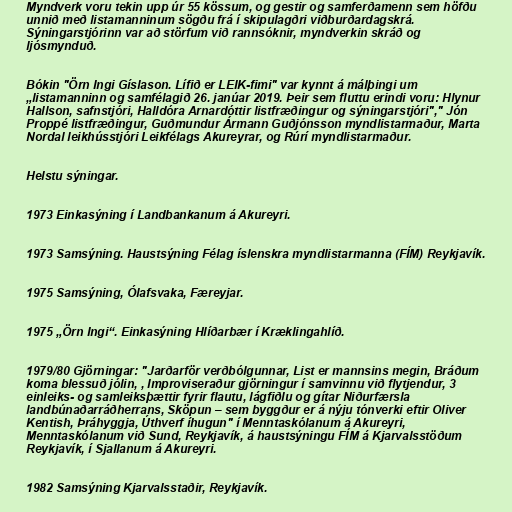
Myndverk voru tekin upp úr 55 kössum, og gestir og samferðamenn sem höfðu
unnið með listamanninum sögðu frá í skipulagðri viðburðardagskrá.
Sýningarstjórinn var að störfum við rannsóknir, myndverkin skráð og
ljósmynduð.

Bókin "Örn Ingi Gíslason. Lífið er LEIK-fimi" var kynnt á málþingi um
„listamanninn og samfélagið 26. janúar 2019. Þeir sem fluttu erindi voru: Hlynur
Hallson, safnstjóri, Halldóra Arnardóttir listfræðingur og sýningarstjóri"," Jón
Proppé listfræðingur, Guðmundur Ármann Guðjónsson myndlistarmaður, Marta
Nordal leikhússtjóri Leikfélags Akureyrar, og Rúrí myndlistarmaður.

Helstu sýningar.

1973 Einkasýning í Landbankanum á Akureyri.

1973 Samsýning. Haustsýning Félag íslenskra myndlistarmanna (FÍM) Reykjavík.

1975 Samsýning, Ólafsvaka, Færeyjar.

1975 „Örn Ingi“. Einkasýning Hlíðarbær í Kræklingahlíð.

1979/80 Gjörningar: "Jarðarför verðbólgunnar, List er mannsins megin, Bráðum
koma blessuð jólin, , Improviseraður gjörningur í samvinnu við flytjendur, 3
einleiks- og samleiksþættir fyrir flautu, lágfiðlu og gítar Niðurfærsla
landbúnaðarráðherrans, Sköpun – sem byggður er á nýju tónverki eftir Oliver
Kentish, Þráhyggja, Úthverf íhugun" í Menntaskólanum á Akureyri,
Menntaskólanum við Sund, Reykjavík, á haustsýningu FÍM á Kjarvalsstöðum
Reykjavík, í Sjallanum á Akureyri.

1982 Samsýning Kjarvalsstaðir, Reykjavík.